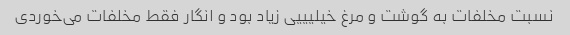
نسبت مخلفات به گوشت و مرغ خیلیییی زیاد بود و انگار فقط مخلفات می‌خوردی